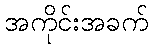
အကိုင်းအခက်